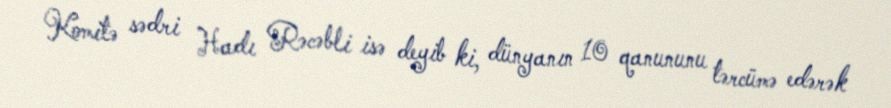
Komitə sədri Hadı Rəcəbli isə deyib ki, dünyanın 10 qanununu tərcümə edərək